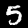
Label: 5